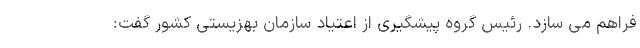
فراهم می سازد. رئیس گروه پیشگیری از اعتیاد سازمان بهزیستی کشور گفت: